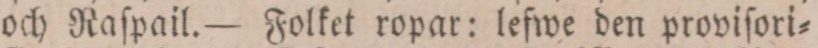
och Raſpail. — Folket ropar: lefwe den proviſori=